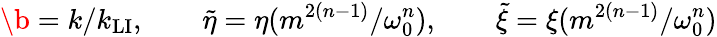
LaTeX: \b=k/k_{\mathrm{LI}},\qquad\widetilde{\eta}=\eta(m^{2(n-1)}/\omega_{0}^{n}),\qquad\widetilde{\xi}=\xi(m^{2(n-1)}/\omega_{0}^{n})